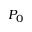
P _ { 0 }